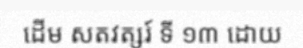
ដើម សតវត្សរ៍ ទី ១៣ ដោយ